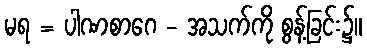
မရ = ပါဏစာဂေ - အသက်ကို စွန့်ခြင်း၌။